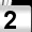
Digit: 2